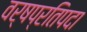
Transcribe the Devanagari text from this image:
वर्षप्रतिपदा